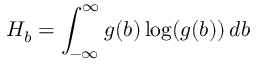
H _ { b } = \int _ { - \infty } ^ { \infty } g ( b ) \log ( g ( b ) ) \, d b